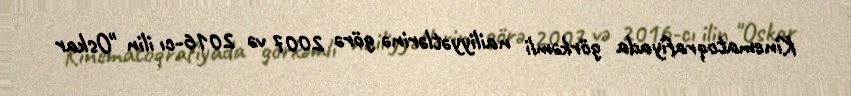
Kinematoqrafiyada görkəmli nailiyyətlərinə görə 2007 və 2016-cı ilin "Oskar